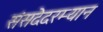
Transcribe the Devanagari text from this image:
संसदेदरम्यान